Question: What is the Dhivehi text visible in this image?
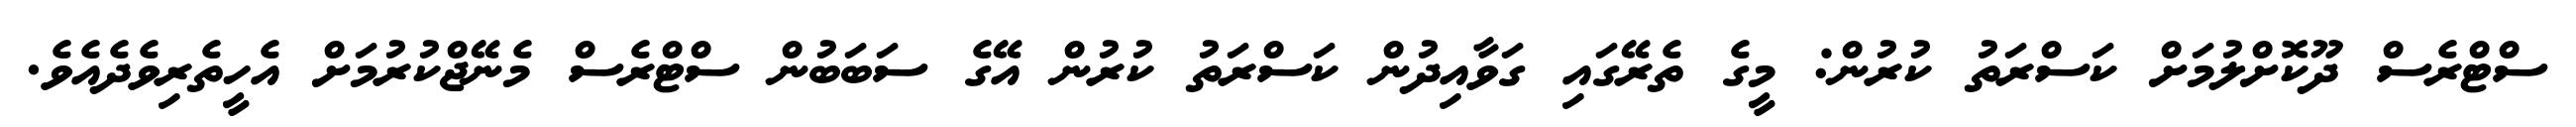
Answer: ސްޓްރެސް ދޫކޮށްލުމަށް ކަސްރަތު ކުރުން: މީގެ ތެރޭގައި ގަވާއިދުން ކަސްރަތު ކުރުން އޭގެ ސަބަބުން ސްޓްރެސް މެނޭޖްކުރުމަށް އެހީތެރިވެދެއެވެ.